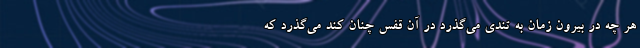
هر چه در بیرون زمان به تندی می‌گذرد در آن قفس چنان کند می‌گذرد که